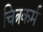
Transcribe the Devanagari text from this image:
चित्रकर्म